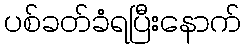
ပစ်ခတ်ခံရပြီးနောက်